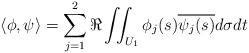
\begin{align*}\langle \phi,\psi\rangle = \sum_{j=1}^2\Re\iint_{U_1}\phi_j(s)\overline{\psi_j(s)}d\sigma dt\end{align*}